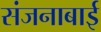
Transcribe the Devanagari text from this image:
संजनाबाई